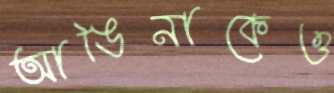
আঙিনাকেও